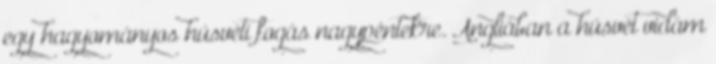
egy hagyományos húsvéti fogás nagypéntekre. Angliában a húsvét vidám